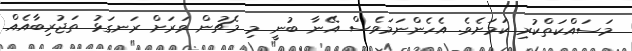
މަސައްކަތްކުރި ކަމަށެވެ. އެހެންނަމަވެސް އޭނާ ބުނީ މި މެޗުން ވަރަށް ރަނގަޅު ތަޖުރިބާއެއް